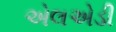
એલએડી